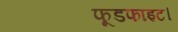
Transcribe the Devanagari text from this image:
फूडफाइट।